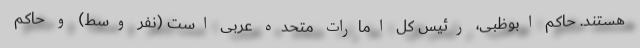
هستند. حاکم ابوظبی، رئیس کل امارات متحده عربی است (نفر وسط) و حاکم